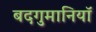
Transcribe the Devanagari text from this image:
बदगुमानियाॅ